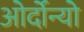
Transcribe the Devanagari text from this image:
ओर्दोन्यो